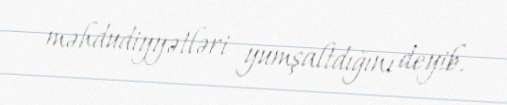
məhdudiyyətləri yumşaltdığını deyib.